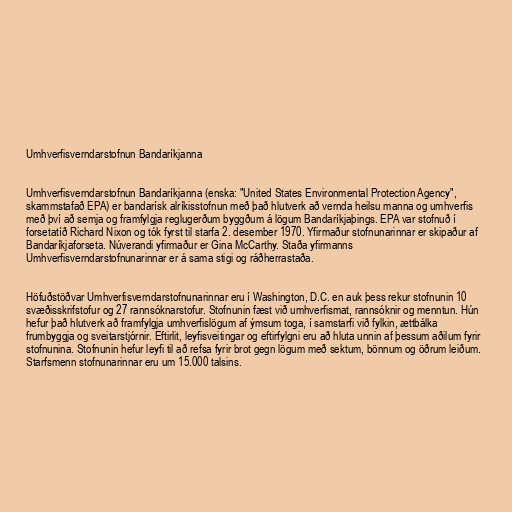
Umhverfisverndarstofnun Bandaríkjanna

Umhverfisverndarstofnun Bandaríkjanna (enska: "United States Environmental Protection Agency",
skammstafað EPA) er bandarísk alríkisstofnun með það hlutverk að vernda heilsu manna og umhverfis
með því að semja og framfylgja reglugerðum byggðum á lögum Bandaríkjaþings. EPA var stofnuð í
forsetatíð Richard Nixon og tók fyrst til starfa 2. desember 1970. Yfirmaður stofnunarinnar er skipaður af
Bandaríkjaforseta. Núverandi yfirmaður er Gina McCarthy. Staða yfirmanns
Umhverfisverndarstofnunarinnar er á sama stigi og ráðherrastaða.

Höfuðstöðvar Umhverfisverndarstofnunarinnar eru í Washington, D.C. en auk þess rekur stofnunin 10
svæðisskrifstofur og 27 rannsóknarstofur. Stofnunin fæst við umhverfismat, rannsóknir og menntun. Hún
hefur það hlutverk að framfylgja umhverfislögum af ýmsum toga, í samstarfi við fylkin, ættbálka
frumbyggja og sveitarstjórnir. Eftirlit, leyfisveitingar og eftirfylgni eru að hluta unnin af þessum aðilum fyrir
stofnunina. Stofnunin hefur leyfi til að refsa fyrir brot gegn lögum með sektum, bönnum og öðrum leiðum.
Starfsmenn stofnunarinnar eru um 15.000 talsins.